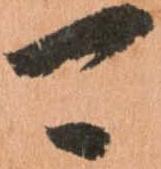
可